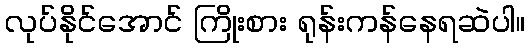
လုပ်နိုင်အောင် ကြိုးစား ရုန်းကန်နေရဆဲပါ။